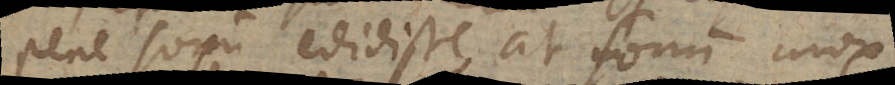
pene sonum edidisse, at sonum mox